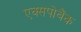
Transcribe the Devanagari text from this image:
एक्सपोबैंक